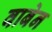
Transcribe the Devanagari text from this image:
वाबेन